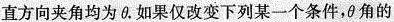
直方向夹角均为 θ. 如果仅改变下列某一个条件，θ角的